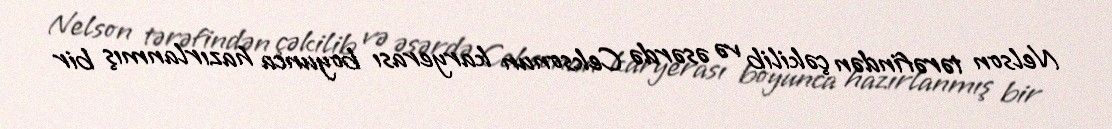
Nelson tərəfindən çəkilib və əsərdə Ceksonun karyerası boyunca hazırlanmış bir